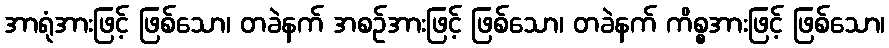
အာရုံအားဖြင့် ဖြစ်သော၊ တခဲနက် အစဉ်အားဖြင့် ဖြစ်သော၊ တခဲနက် ကိစ္စအားဖြင့် ဖြစ်သော၊